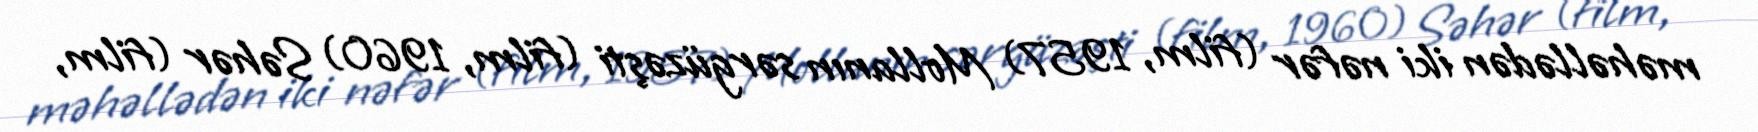
məhəllədən iki nəfər (film, 1957) Mollanın sərgüzəşti (film, 1960) Səhər (film,